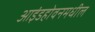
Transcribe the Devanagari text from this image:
आइंडहोवनमधील